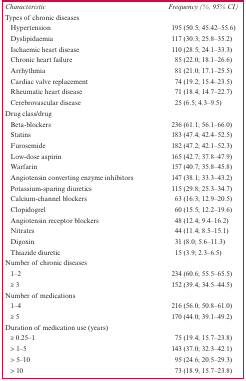
| Characteristic | Frequency (%; 95% CI) |
 | --- | --- |
 | Types of chronic diseases |  |
 | Hypertension | 195 (50.5; 45.42–55.6) |
 | Dyslipidaemia | 117 (30.3; 25.8–35.2) |
 | Ischaemic heart disease | 110 (28.5; 24.1–33.3) |
 | Chronic heart failure | 85 (22.0; 18.1–26.6) |
 | Arrhythmia | 81 (21.0; 17.1–25.5) |
 | Cardiac valve replacement | 74 (19.2; 15.4-23.5) |
 | Rheumatic heart disease | 71 (18.4; 14.7-22.7) |
 | Cerebrovascular disease | 25 (6.5; 4.3–9.5) |
 | Drug class/drug |  |
 | Beta-blockers | 236 (61.1; 56.1–66.0) |
 | Statins | 183 (47.4; 42.4–52.5) |
 | Furosemide | 182 (47.2; 42.1–52.3) |
 | Low-dose aspirin | 165 (42.7; 37.8–47.9) |
 | Warfarin | 157 (40.7; 35.8–45.8) |
 | Angiotensin converting enzyme inhibitors | 147 (38.1; 33.3–43.2) |
 | Potassium-sparing diuretics | 115 (29.8; 25.3–34.7) |
 | Calcium-channel blockers | 63 (16.3; 12.9–20.5) |
 | Clopidogrel | 60 (15.5; 12.2–19.6) |
 | Angiotensin receptor blockers | 48 (12.4; 9.4–16.2) |
 | Nitrates | 44 (11.4; 8.5–15.1) |
 | Digoxin | 31 (8.0; 5.6–11.3) |
 | Thiazide diuretic | 15 (3.9; 2.3–6.5) |
 | Number of chronic diseases |  |
 | 1–2 | 234 (60.6; 55.5–65.5) |
 | ≥ 3 | 152 (39.4; 34.5–44.5) |
 | Number of medications |  |
 | 1–4 | 216 (56.0; 50.8–61.0) |
 | ≥ 5 | 170 (44.0; 39.1–49.2) |
 | Duration of medication use (years) |  |
 | ≥ 0.25–1 | 75 (19.4; 15.7–23.8) |
 | > 1–5 | 143 (37.0; 32.3–42.1) |
 | > 5–10 | 95 (24.6; 20.5–29.3) |
 | > 10 | 73 (18.9; 15.7–23.8) |